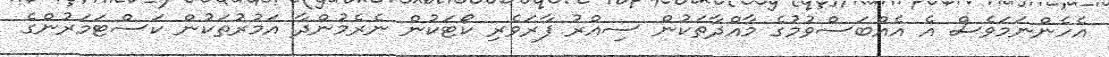
އެހެންނަމަވެސް އެ އެއްބަސްވުމުގެ މާއްދާތަކުން ސިއްރު ފާރަވެރި ކޯޓަކުން ނެރެމުންދާ އަމުރުތަކުން ކަސްޓަމަރުންގެ